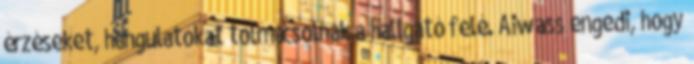
érzéseket, hangulatokat tolmácsolnak a hallgató felé. Aiwass engedi, hogy